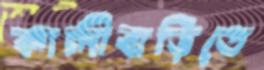
কালীবাড়িতে